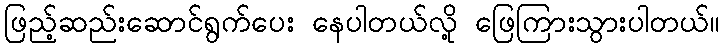
ဖြည့်ဆည်းဆောင်ရွက်ပေး နေပါတယ်လို့ ဖြေကြားသွားပါတယ်။